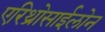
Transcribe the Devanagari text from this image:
एरिथ्रोसाईलोन